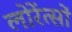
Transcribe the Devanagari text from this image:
लोरेंत्सों